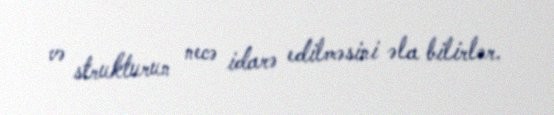
və strukturun necə idarə edilməsini əla bilirlər.